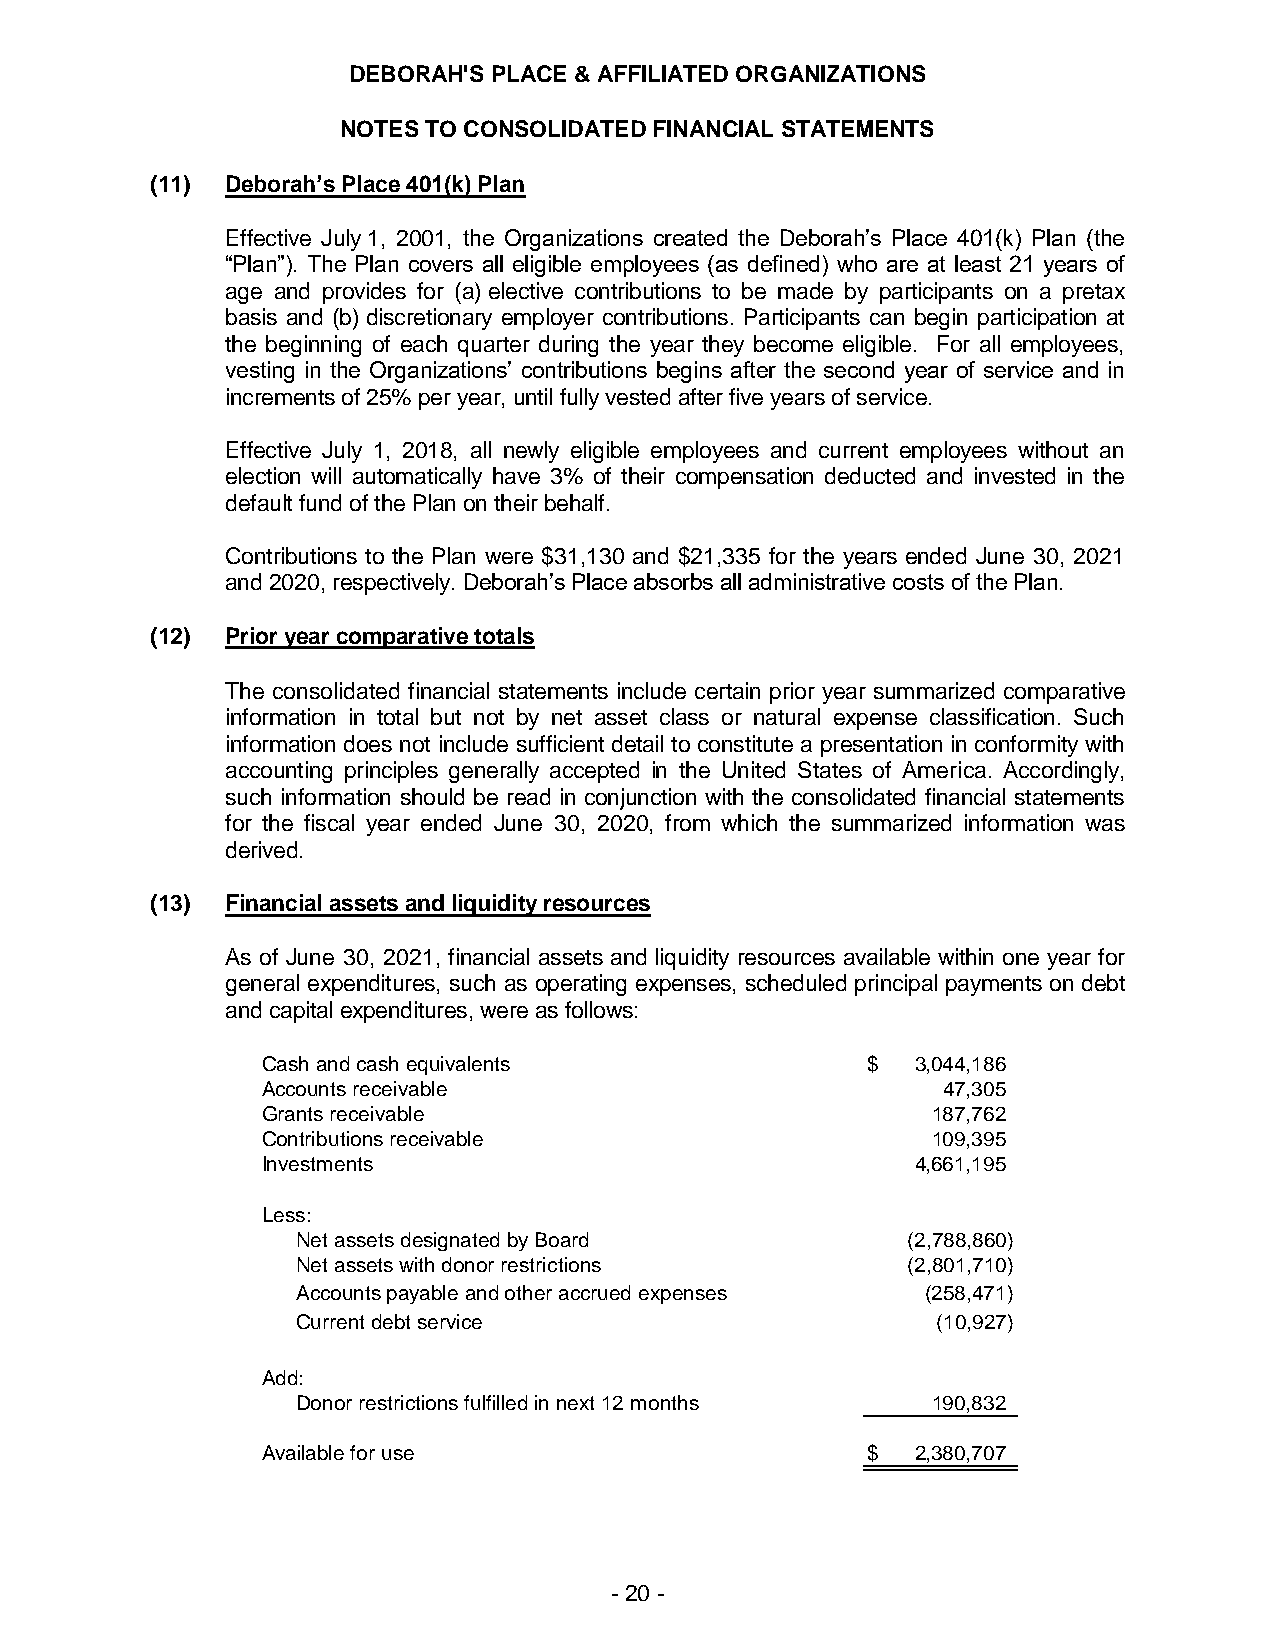
DEBORAH'S PLACE & AFFILIATED ORGANIZATIONS
 NOTES TO CONSOLIDATED FINANCIAL STATEMENTS
 (11) Deborah’s Place 401(k) Plan
 Effective July 1, 2001, the Organizations created the Deborah’s Place 401(k) Plan (the
 “Plan”). The Plan covers all eligible employees (as defined) who are at least 21 years of
 age and provides for (a) elective contributions to be made by participants on a pretax
 basis and (b) discretionary employer contributions. Participants can begin participation at
 the beginning of each quarter during the year they become eligible. For all employees,
 vesting in the Organizations’ contributions begins after the second year of service and in
 increments of 25% per year, until fully vested after five years of service.
 Effective July 1, 2018, all newly eligible employees and current employees without an
 election will automatically have 3% of their compensation deducted and invested in the
 default fund of the Plan on their behalf.
 Contributions to the Plan were $31,130 and $21,335 for the years ended June 30, 2021
 and 2020, respectively. Deborah’s Place absorbs all administrative costs of the Plan.
 (12) Prior year comparative totals
 The consolidated financial statements include certain prior year summarized comparative
 information in total but not by net asset class or natural expense classification. Such
 information does not include sufficient detail to constitute a presentation in conformity with
 accounting principles generally accepted in the United States of America. Accordingly,
 such information should be read in conjunction with the consolidated financial statements
 for the fiscal year ended June 30, 2020, from which the summarized information was
 derived.
 (13) Financial assets and liquidity resources
 As of June 30, 2021, financial assets and liquidity resources available within one year for
 general expenditures, such as operating expenses, scheduled principal payments on debt
 and capital expenditures, were as follows:
 Cash and cash equivalents               $   3,044,186
 Accounts receivable                          47,305
 Grants receivable                            187,762
 Contributions receivable                     109,395
 Investments                                 4,661,195
 Less:
 Net assets designated by Board          (2,788,860)
 Net assets with donor restrictions      (2,801,710)
 Accounts payable and other accrued expenses (258,471)
 Current debt service                      (10,927)
 Add:
 Donor restrictions fulfilled in next 12 months 190,832
 Available for use                       $   2,380,707
 - 20 -